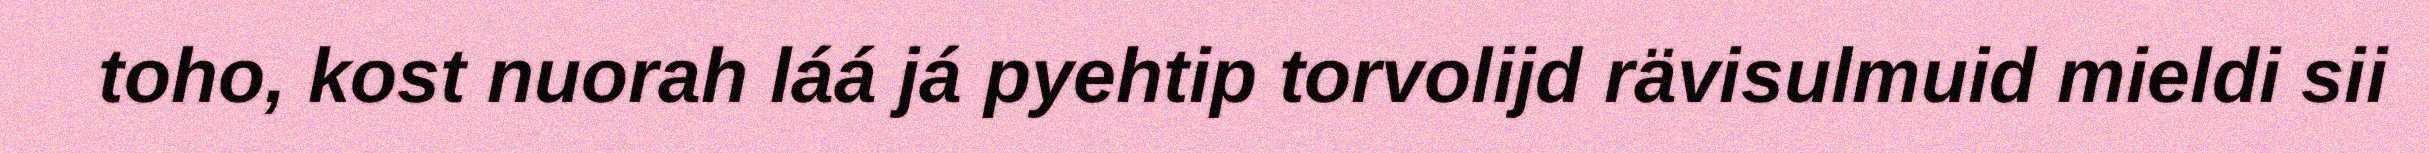
toho, kost nuorah láá já pyehtip torvolijd rävisulmuid mieldi sii